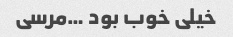
خیلی خوب بود …مرسی